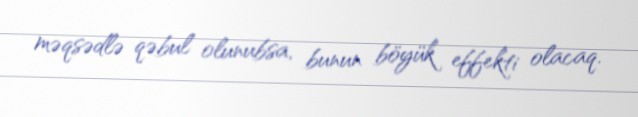
məqsədlə qəbul olunubsa, bunun böyük effekti olacaq.